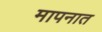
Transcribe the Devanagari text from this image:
मापनात